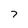
Character: 7